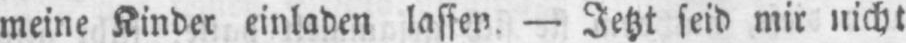
meine Kinder einladen lassen. - Jetzt seid mir nicht